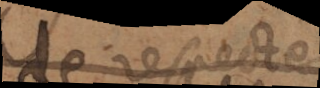
de respecter